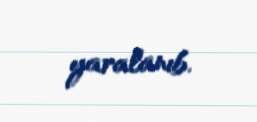
yaralanıb.